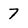
Character: 7